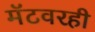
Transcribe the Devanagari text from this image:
मॅटवरही